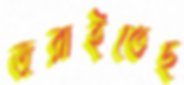
জরাইতেছ